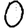
Digit: 0